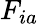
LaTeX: F_{ia}